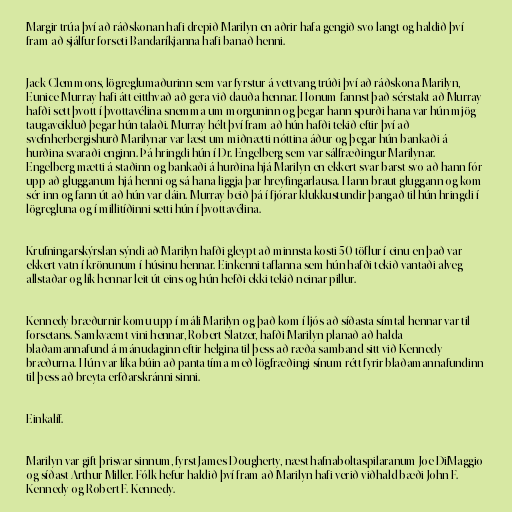
Margir trúa því að ráðskonan hafi drepið Marilyn en aðrir hafa gengið svo langt og haldið því
fram að sjálfur forseti Bandaríkjanna hafi banað henni.

Jack Clemmons, lögreglumaðurinn sem var fyrstur á vettvang trúði því að ráðskona Marilyn,
Eunice Murray hafi átt eitthvað að gera við dauða hennar. Honum fannst það sérstakt að Murray
hafði sett þvott í þvottavélina snemma um morguninn og þegar hann spurði hana var hún mjög
taugaveikluð þegar hún talaði. Murray hélt því fram að hún hafði tekið eftir því að
svefnherbergishurð Marilynar var læst um miðnætti nóttina áður og þegar hún bankaði á
hurðina svaraði enginn. Þá hringdi hún í Dr. Engelberg sem var sálfræðingur Marilynar.
Engelberg mætti á staðinn og bankaði á hurðina hjá Marilyn en ekkert svar barst svo að hann fór
upp að glugganum hjá henni og sá hana liggja þar hreyfingarlausa. Hann braut gluggann og kom
sér inn og fann út að hún var dáin. Murray beið þá í fjórar klukkustundir þangað til hún hringdi í
lögregluna og í millitíðinni setti hún í þvottavélina.

Krufningarskýrslan sýndi að Marilyn hafði gleypt að minnsta kosti 50 töflur í einu en það var
ekkert vatn í krönunum í húsinu hennar. Einkenni taflanna sem hún hafði tekið vantaði alveg
allstaðar og lík hennar leit út eins og hún hefði ekki tekið neinar pillur.

Kennedy bræðurnir komu upp í máli Marilyn og það kom í ljós að síðasta símtal hennar var til
forsetans. Samkvæmt vini hennar, Robert Slatzer, hafði Marilyn planað að halda
blaðamannafund á mánudaginn eftir helgina til þess að ræða samband sitt við Kennedy
bræðurna. Hún var líka búin að panta tíma með lögfræðingi sínum rétt fyrir blaðamannafundinn
til þess að breyta erfðarskránni sinni.

Einkalíf.

Marilyn var gift þrisvar sinnum, fyrst James Dougherty, næst hafnaboltaspilaranum Joe DiMaggio
og síðast Arthur Miller. Fólk hefur haldið því fram að Marilyn hafi verið viðhald bæði John F.
Kennedy og Robert F. Kennedy.